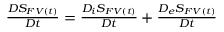
\begin{array} { r } { \frac { D S _ { F V ( t ) } } { D t } = \frac { D _ { i } S _ { F V ( t ) } } { D t } + \frac { D _ { e } S _ { F V ( t ) } } { D t } } \end{array}